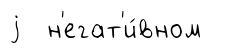
j н'егат'и́вном